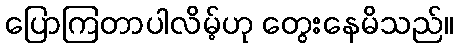
ပြောကြတာပါလိမ့်ဟု တွေးနေမိသည်။